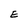
Character: E